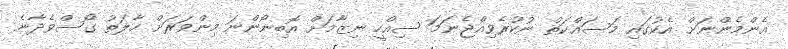
އެންމެންނަށް އެކުގައި މަސައްކަތް ނުކުރެވިއްޖެނަމަ ސިއްހީ ނިޒާމަށް އޮބިނޯންނަ މިންވަރަށް ހާލަތު ގޯސްވެދާނެ